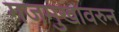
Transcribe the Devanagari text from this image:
गजमुखावरुन